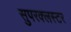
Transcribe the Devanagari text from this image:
सुपरक्‍लस्टर